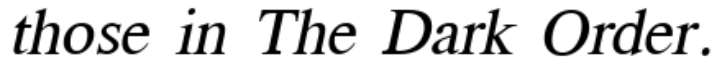
those in The Dark Order.